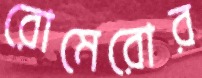
রোমেরোর